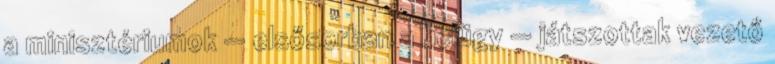
a minisztériumok — elsősorban a belügy — játszottak vezető